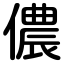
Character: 儂